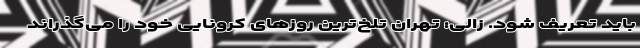
باید تعریف شود. زالی: تهران تلخ‌ترین روزهای کرونایی خود را می‌گذراند